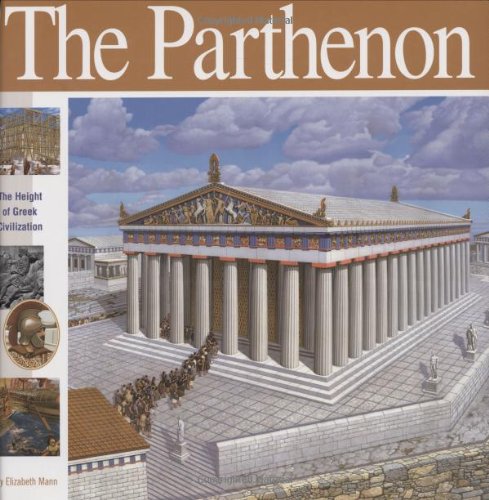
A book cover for The Parthenon: The Height of Greek Civilization (Wonders of the World Book); Elizabeth Mann; Children's Books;